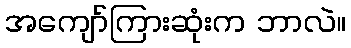
အကျော်ကြားဆုံးက ဘာလဲ။